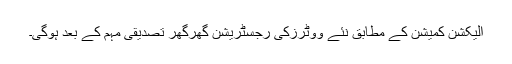
الیکشن کمیشن کے مطابق نئے ووٹرزکی رجسٹریشن گھرگھر تصدیقی مہم کے بعد ہوگی۔